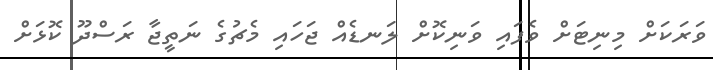
ވަރަކަށް މިނިޓަށް ވެފައި ވަނިކޮށް ލަނޑެއް ޖަހައި މެޗުގެ ނަތީޖާ ރަސްދޫ ކޮޅަށް